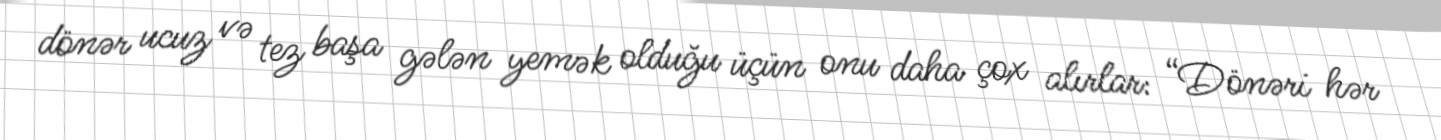
dönər ucuz və tez başa gələn yemək olduğu üçün onu daha çox alırlar: “Dönəri hər